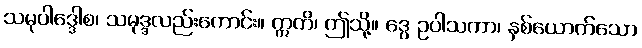
သမုပါဒ္ဒေါစ၊ သမုဒ္ဒလည်းကောင်း။ ဣတိ၊ ဤသို့။ ဒွေ ဥပါသကာ၊ နှစ်ယောက်သော